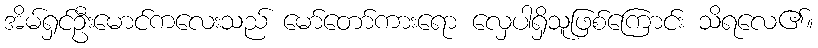
အိမ်ရှင်ဦးမောင်ကလေးသည် မော်တော်ကားရော လှေပါရှိသူဖြစ်ကြောင်း သိရလေ၏။